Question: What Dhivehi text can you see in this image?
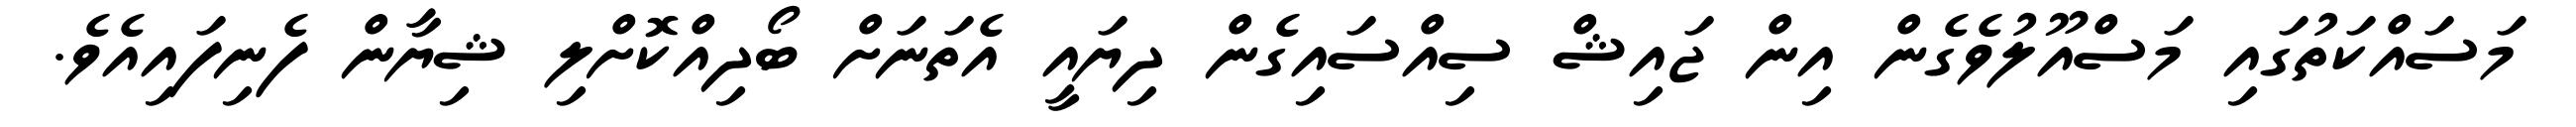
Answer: މަސައްކަތުގައި މަސްއޫލުވެގެން އިން ޖައިޝް ސިއްސައިގެން ދިޔައީ އެތަނަށް ބޯދިއްކޮށްލި ޝިޔާން ފެނިފައިއެވެ.